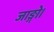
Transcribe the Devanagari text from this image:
जाङ्गो।